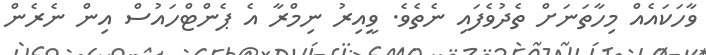
ވާހަކައެއް މިހާތަނަށް ތެދުވެފައި ނެތެވެ. ވީއިރު ނިމްރާ އެ ޕެންޓްހައުސް އިން ނެރެން